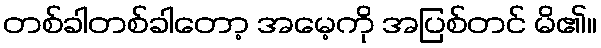
တစ်ခါတစ်ခါတော့ အမေ့ကို အပြစ်တင် မိ၏။